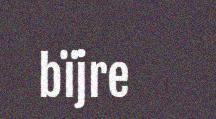
bïjre